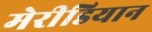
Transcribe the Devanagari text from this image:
मेरीडियान